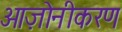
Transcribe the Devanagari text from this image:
ओज़ोनीकरण